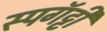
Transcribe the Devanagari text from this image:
स्पगॅट्टी